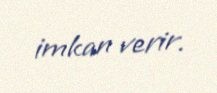
imkan verir.